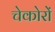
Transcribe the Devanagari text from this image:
चेकोरों